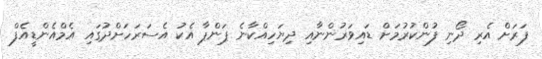
ފަރަށް އެރި ދޯނި ފުންކުރުމަށް ޑައިވަރުންނާއި ދިޔަހިއްކާނެ ޕަންޕާ އެކު އެސަރަހަށްދުގައި އެމްއެންޑީއެފް